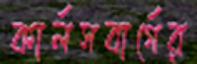
কার্লসবার্গের